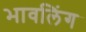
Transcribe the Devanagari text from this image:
भावलिंग